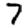
Digit: 7